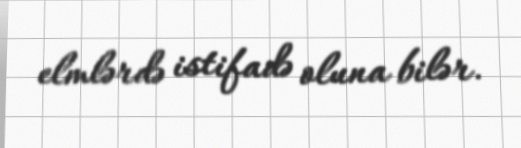
elmlərdə istifadə oluna bilər.